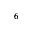
^ { 6 }